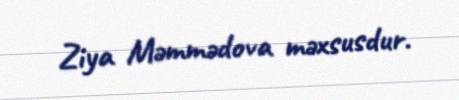
Ziya Məmmədova məxsusdur.